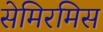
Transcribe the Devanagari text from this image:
सेमिरमिस